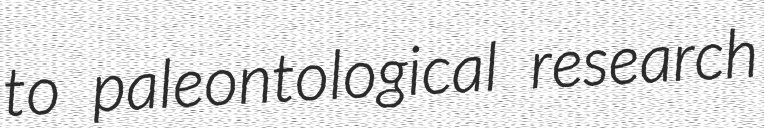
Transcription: to paleontological research